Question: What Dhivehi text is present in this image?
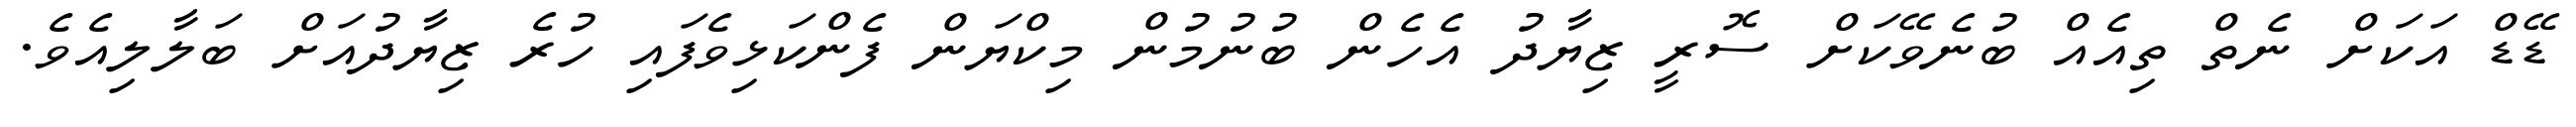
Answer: ޑޭޑް އަކަށް ނެތް ތިއެއް ބުނެވޭކަށް ސޮރީ ޒިޔާދު އެހެން ބުނުމުން މިކްޔަން ފެންކަޅިވެފައި ހުރެ ޒިޔާދުއަށް ބަލާލިއެވެ.